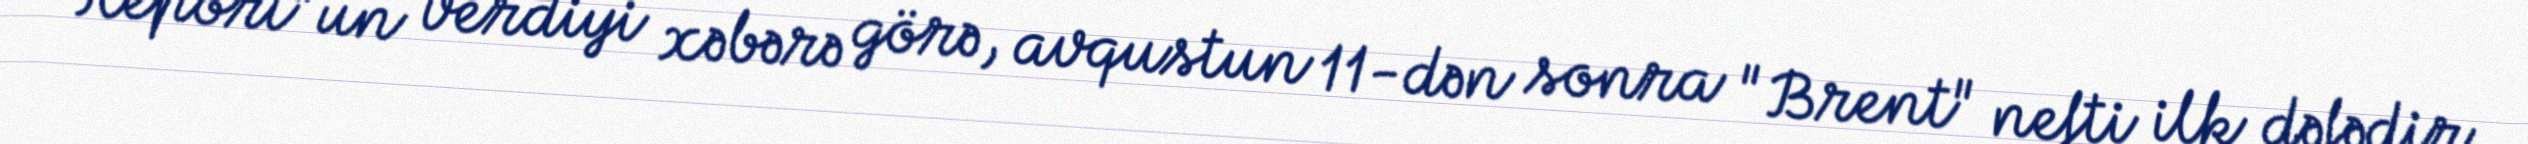
Report"un verdiyi xəbərə görə, avqustun 11-dən sonra "Brent" nefti ilk dəfədir